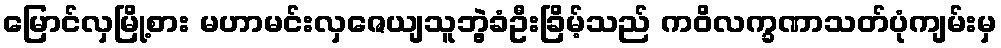
မြောင်လှမြို့စား မဟာမင်းလှဇေယျသူဘွဲ့ခံဦးခြိမ့်သည် ကဝိလက္ခဏာသတ်ပုံကျမ်းမှ